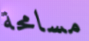
مسامحة